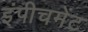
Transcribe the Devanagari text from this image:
इंपीचमेंट